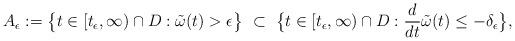
LaTeX: \begin{align*} A_{\epsilon}:= \big\{t\in [t_\epsilon,\infty)\cap D:\tilde{\omega}(t)>\epsilon\big\}~\subset~\big\{t\in [t_\epsilon,\infty)\cap D: \frac d{dt}\tilde{\omega}(t)\leq -\delta_\epsilon\big\},\end{align*}